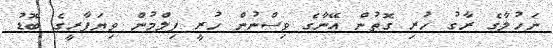
ނަހުލާގެ ރާގު ހުރި ގޮތުން އޭނާގެ ވިސްނުން ހުރީ ފިލްމުން ވިޔަފާރީގެ ބޮޑު